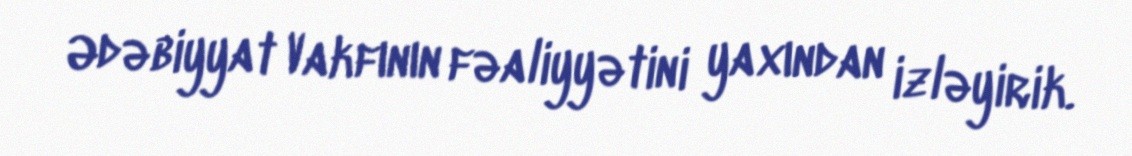
Ədəbiyyat Vakfının fəaliyyətini yaxından izləyirik.